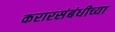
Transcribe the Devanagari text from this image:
करारसंबंधीच्या